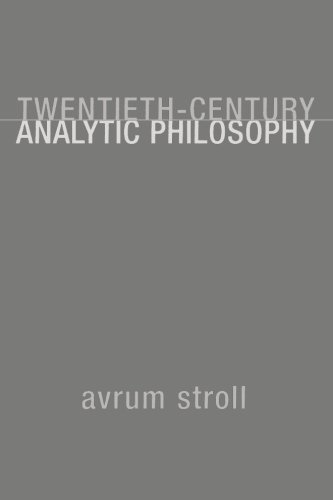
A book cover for Twentieth-Century Analytic Philosophy; Avrum Stroll; Politics & Social Sciences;